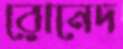
রোনেদ